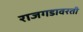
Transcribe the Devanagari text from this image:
राजगडावरती